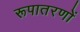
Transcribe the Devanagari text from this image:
रूपातरणों